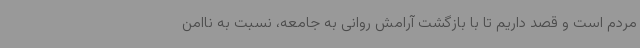
مردم است و قصد داریم تا با بازگشت آرامش روانی به جامعه، نسبت به ناامن